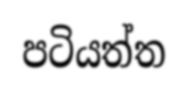
පටියත්ත